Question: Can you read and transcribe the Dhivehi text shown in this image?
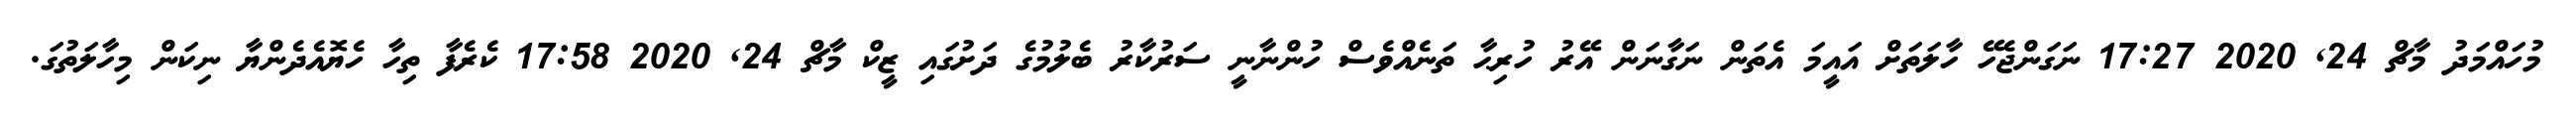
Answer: މުހައްމަދު މާޗް 24, 2020 17:27 ނަގަންޖެހޭ ހާލަތަށް އައީމަ އެތަން ނަގާނަން އޭރު ހުރިޙާ ތަނެއްވެސް ހުންނާނީ ސަރުކާރު ބެލުމުގެ ދަށުގައި ޒީކް މާޗް 24, 2020 17:58 ކެރެފާ ތިހާ ހެޔޮއެދެންޔާ ނިކަން މިހާލަތުގަ.